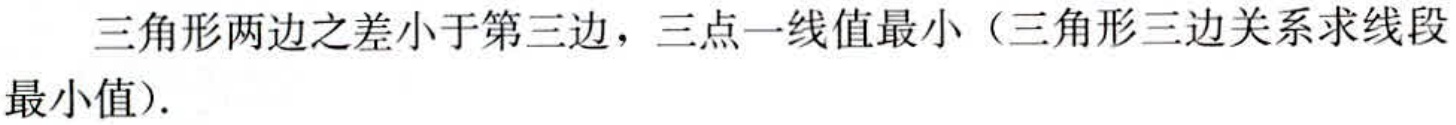
三角形两边之差小于第三边，三点一线值最小（三角形三边关系求线段最小值）.